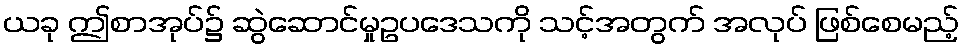
ယခု ဤစာအုပ်၌ ဆွဲဆောင်မှုဥပဒေသကို သင့်အတွက် အလုပ် ဖြစ်စေမည့်